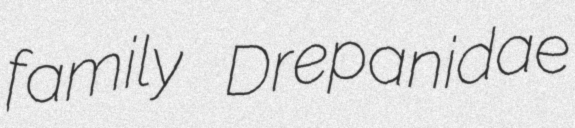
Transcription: family Drepanidae